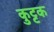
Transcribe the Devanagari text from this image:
कुुट्टक